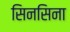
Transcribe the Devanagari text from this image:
सिनसिना